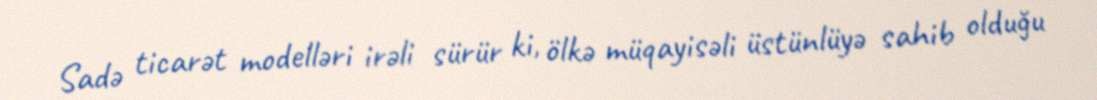
Sadə ticarət modelləri irəli sürür ki, ölkə müqayisəli üstünlüyə sahib olduğu